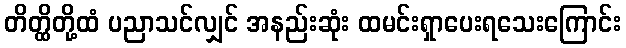
တိတ္ထိတို့ထံ ပညာသင်လျှင် အနည်းဆုံး ထမင်းရှာပေးရသေးကြောင်း